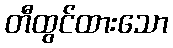
တီထွင်ထားသော